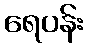
ရေပန်း